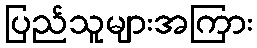
ပြည်သူများအကြား